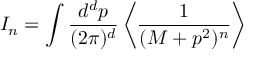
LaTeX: I _ { n } = \int \frac { d ^ { d } p } { ( 2 \pi ) ^ { d } } \left\langle \frac { 1 } { ( M + p ^ { 2 } ) ^ { n } } \right\rangle